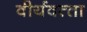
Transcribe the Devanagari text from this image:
वीर्यवत्‍ता